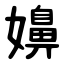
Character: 嬶